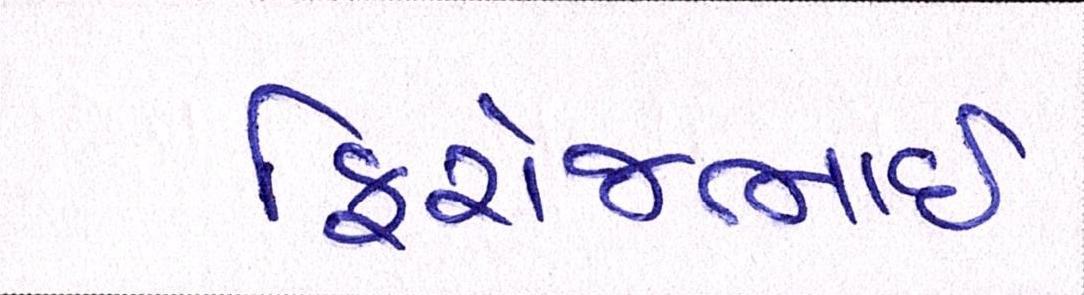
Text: ફિરોજભાઇ